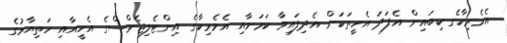
އެމެރިކާގެ ކިބައިން އެފަދަ އެހީތަކަށް އެދިފައިވާ ކަމަށާއި އެމެރިކާގެ އިންޓެލިޖެންސްގެ އެހީއާއި ހަތިޔާރުގެ